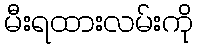
မီးရထားလမ်းကို